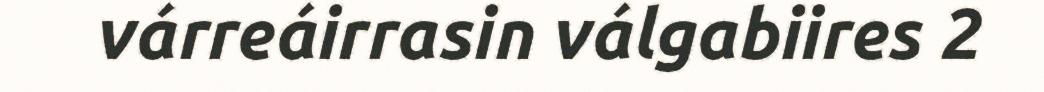
várreáirrasin válgabiires 2